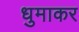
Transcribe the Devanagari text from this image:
धुमाकर